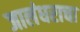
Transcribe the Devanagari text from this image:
जालंधराचा